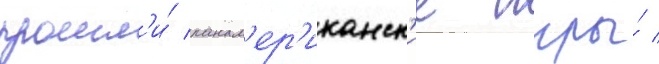
прошл'и́ панам'ер'иканск'ие игры́ /